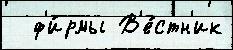
  ф'и́рмы В'е́стн'ик